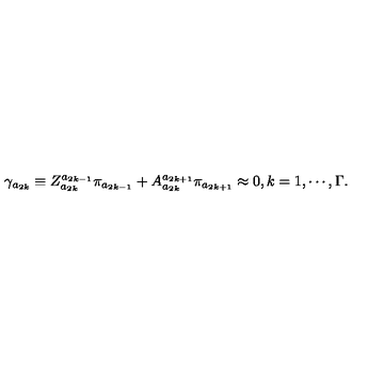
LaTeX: \gamma _ { a _ { 2 k } } \equiv Z _ { a _ { 2 k } } ^ { a _ { 2 k - 1 } } \pi _ { a _ { 2 k - 1 } } + A _ { a _ { 2 k } } ^ { a _ { 2 k + 1 } } \pi _ { a _ { 2 k + 1 } } \approx 0 , k = 1 , \cdots , \Gamma .